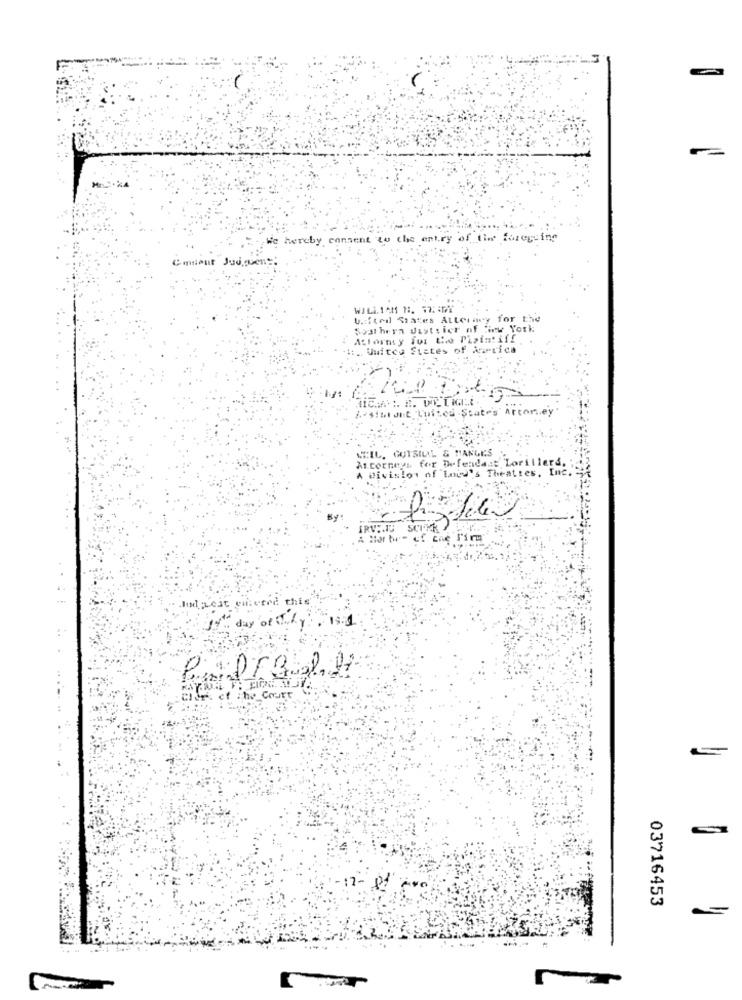
We hereby consent to the entry of the foregoing
WILLIAM H. 17: : 07
U .: ftedl States Atterny for the
Southern district of iew York
Actormy Jut the Plaintiff
H. United States of Arica
-Siat JE Luited State's Artoney
NEIL. GUTSILL & MANGES
A Division of Inid's Theatres, Inc.
Attorneys for Defendast Lorillers.
IRVENTE SCHNE
d this
Hat Lest CHter
day ofily 1 1
of The court
03716453